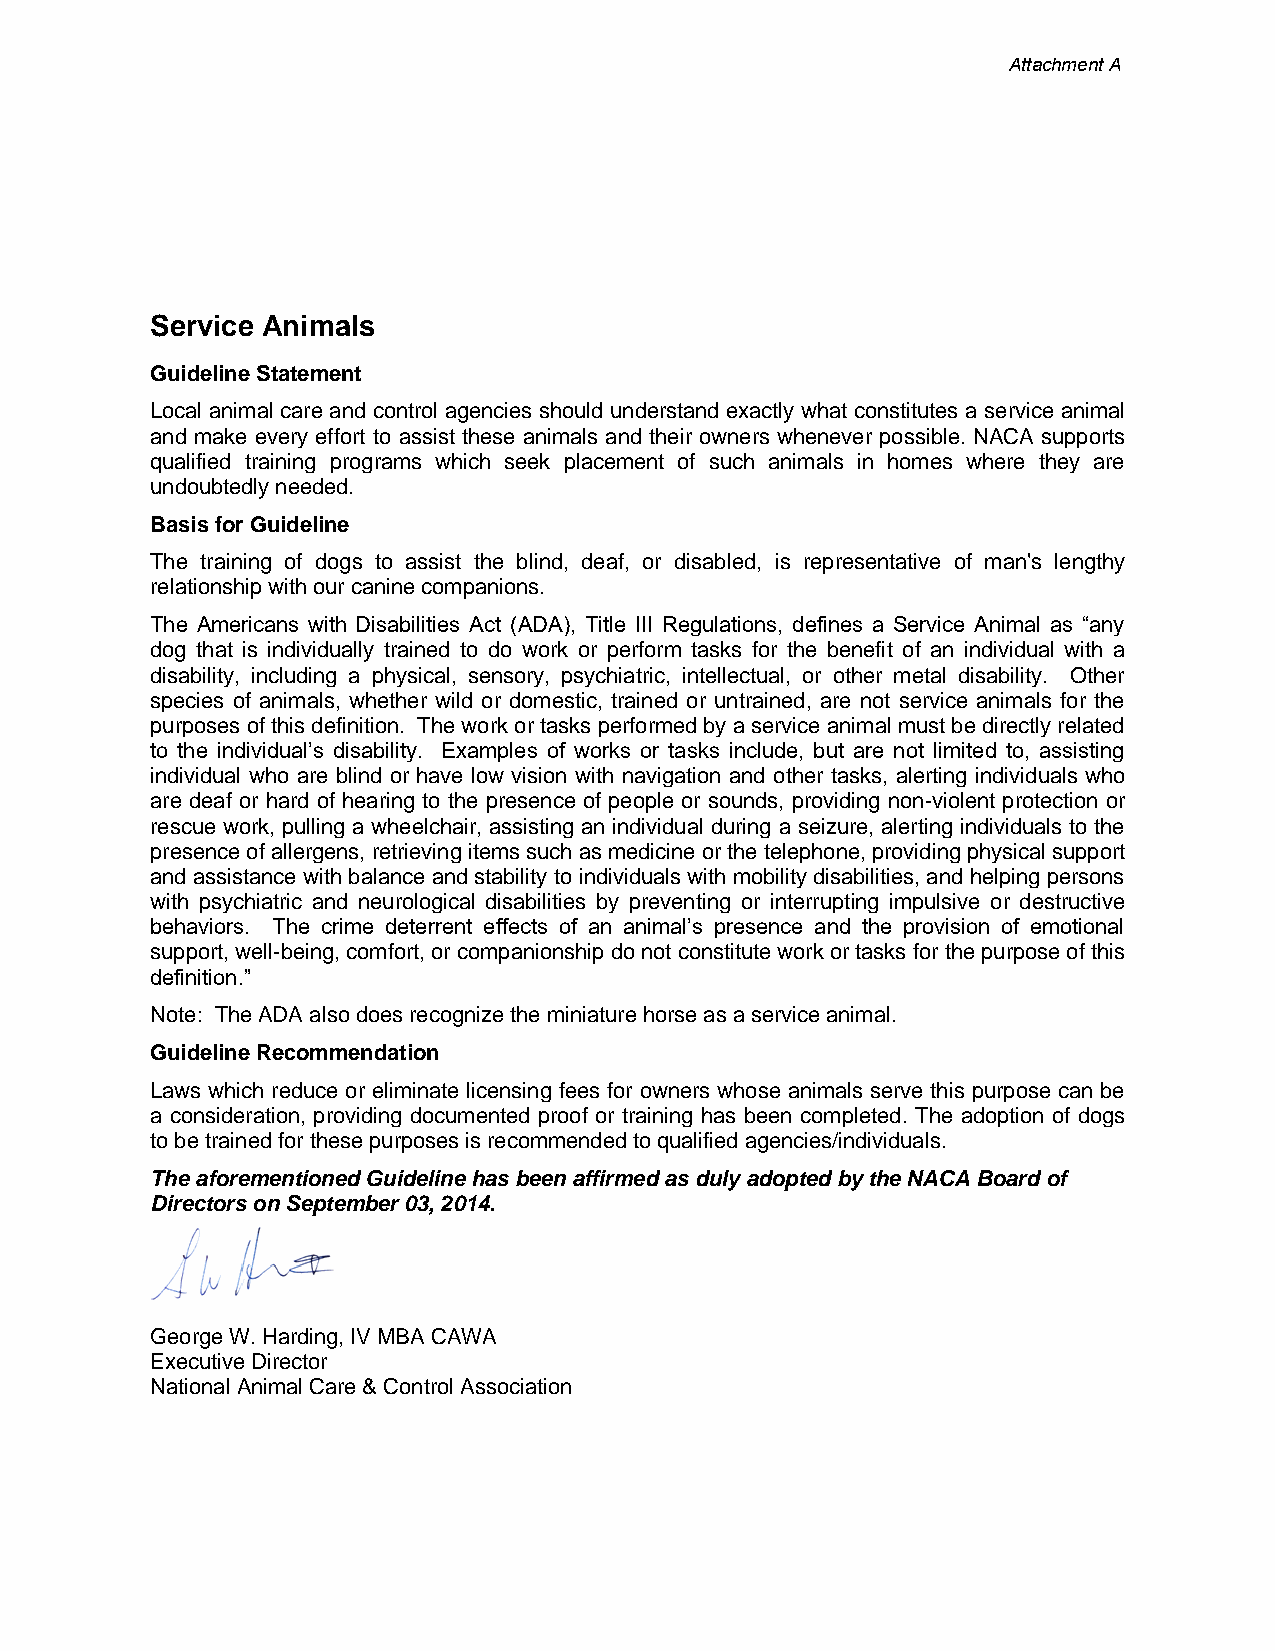
Attachment A
 Service Animals
 Guideline Statement
 Local animal care and control agencies should understand exactly what constitutes a service animal
 and make every effort to assist these animals and their owners whenever possible. NACA supports
 qualified training programs which seek placement of such animals in homes where they are
 undoubtedly needed.
 Basis for Guideline
 The training of dogs to assist the blind, deaf, or disabled, is representative of man's lengthy
 relationship with our canine companions.
 The Americans with Disabilities Act (ADA), Title III Regulations, defines a Service Animal as “any
 dog that is individually trained to do work or perform tasks for the benefit of an individual with a
 disability, including a physical, sensory, psychiatric, intellectual, or other metal disability. Other
 species of animals, whether wild or domestic, trained or untrained, are not service animals for the
 purposes of this definition. The work or tasks performed by a service animal must be directly related
 to the individual’s disability. Examples of works or tasks include, but are not limited to, assisting
 individual who are blind or have low vision with navigation and other tasks, alerting individuals who
 are deaf or hard of hearing to the presence of people or sounds, providing non-violent protection or
 rescue work, pulling a wheelchair, assisting an individual during a seizure, alerting individuals to the
 presence of allergens, retrieving items such as medicine or the telephone, providing physical support
 and assistance with balance and stability to individuals with mobility disabilities, and helping persons
 with psychiatric and neurological disabilities by preventing or interrupting impulsive or destructive
 behaviors. The crime deterrent effects of an animal’s presence and the provision of emotional
 support, well-being, comfort, or companionship do not constitute work or tasks for the purpose of this
 definition.”
 Note: The ADA also does recognize the miniature horse as a service animal.
 Guideline Recommendation
 Laws which reduce or eliminate licensing fees for owners whose animals serve this purpose can be
 a consideration, providing documented proof or training has been completed. The adoption of dogs
 to be trained for these purposes is recommended to qualified agencies/individuals.
 The aforementioned Guideline has been affirmed as duly adopted by the NACA Board of
 Directors on September 03, 2014.
 George W. Harding, IV MBA CAWA
 Executive Director
 National Animal Care & Control Association